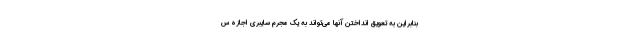
بنابراین به تعویق انداختن آنها می‌تواند به یک مجرم سایبری اجازه س